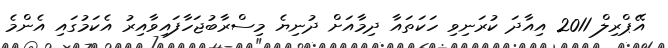
އޭޕްރިލް 2011 އިއާދަ ކުރަނިވި ހަކަތައާ ދިމާއަށް ދުނިޔެ މިސްރާބުޖަހާފައިވާއިރު އެކަމުގައި އެންމެ